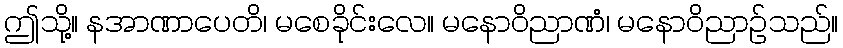
ဤသို့။ နအာဏာပေတိ၊ မစေခိုင်းလေ။ မနောဝိညာဏံ၊ မနောဝိညာဉ်သည်။